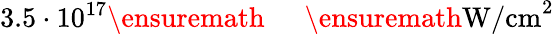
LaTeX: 3.5\cdot 10^{17}\ensuremath{\mathrm{~\textrm~{~\, ~}~}}\ensuremath{\mathrm{W/cm}}^{2}